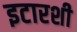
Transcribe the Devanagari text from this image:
इटारशी